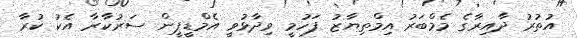
އުތުރު ދާއިރާގެ މެމްބަރު އިމްތިޔާޒު ފަހުމީ ވިދާޅުވީ އެމްޑީޕީން ސަރުކާރާ އެކު ކުރާ